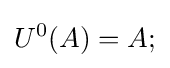
U^{0}(A)=A;